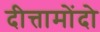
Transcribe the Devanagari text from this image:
दीत्तामोंदो